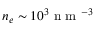
n _ { e } \sim 1 0 ^ { 3 } \mathrm { ~ n ~ m ~ } ^ { - 3 }